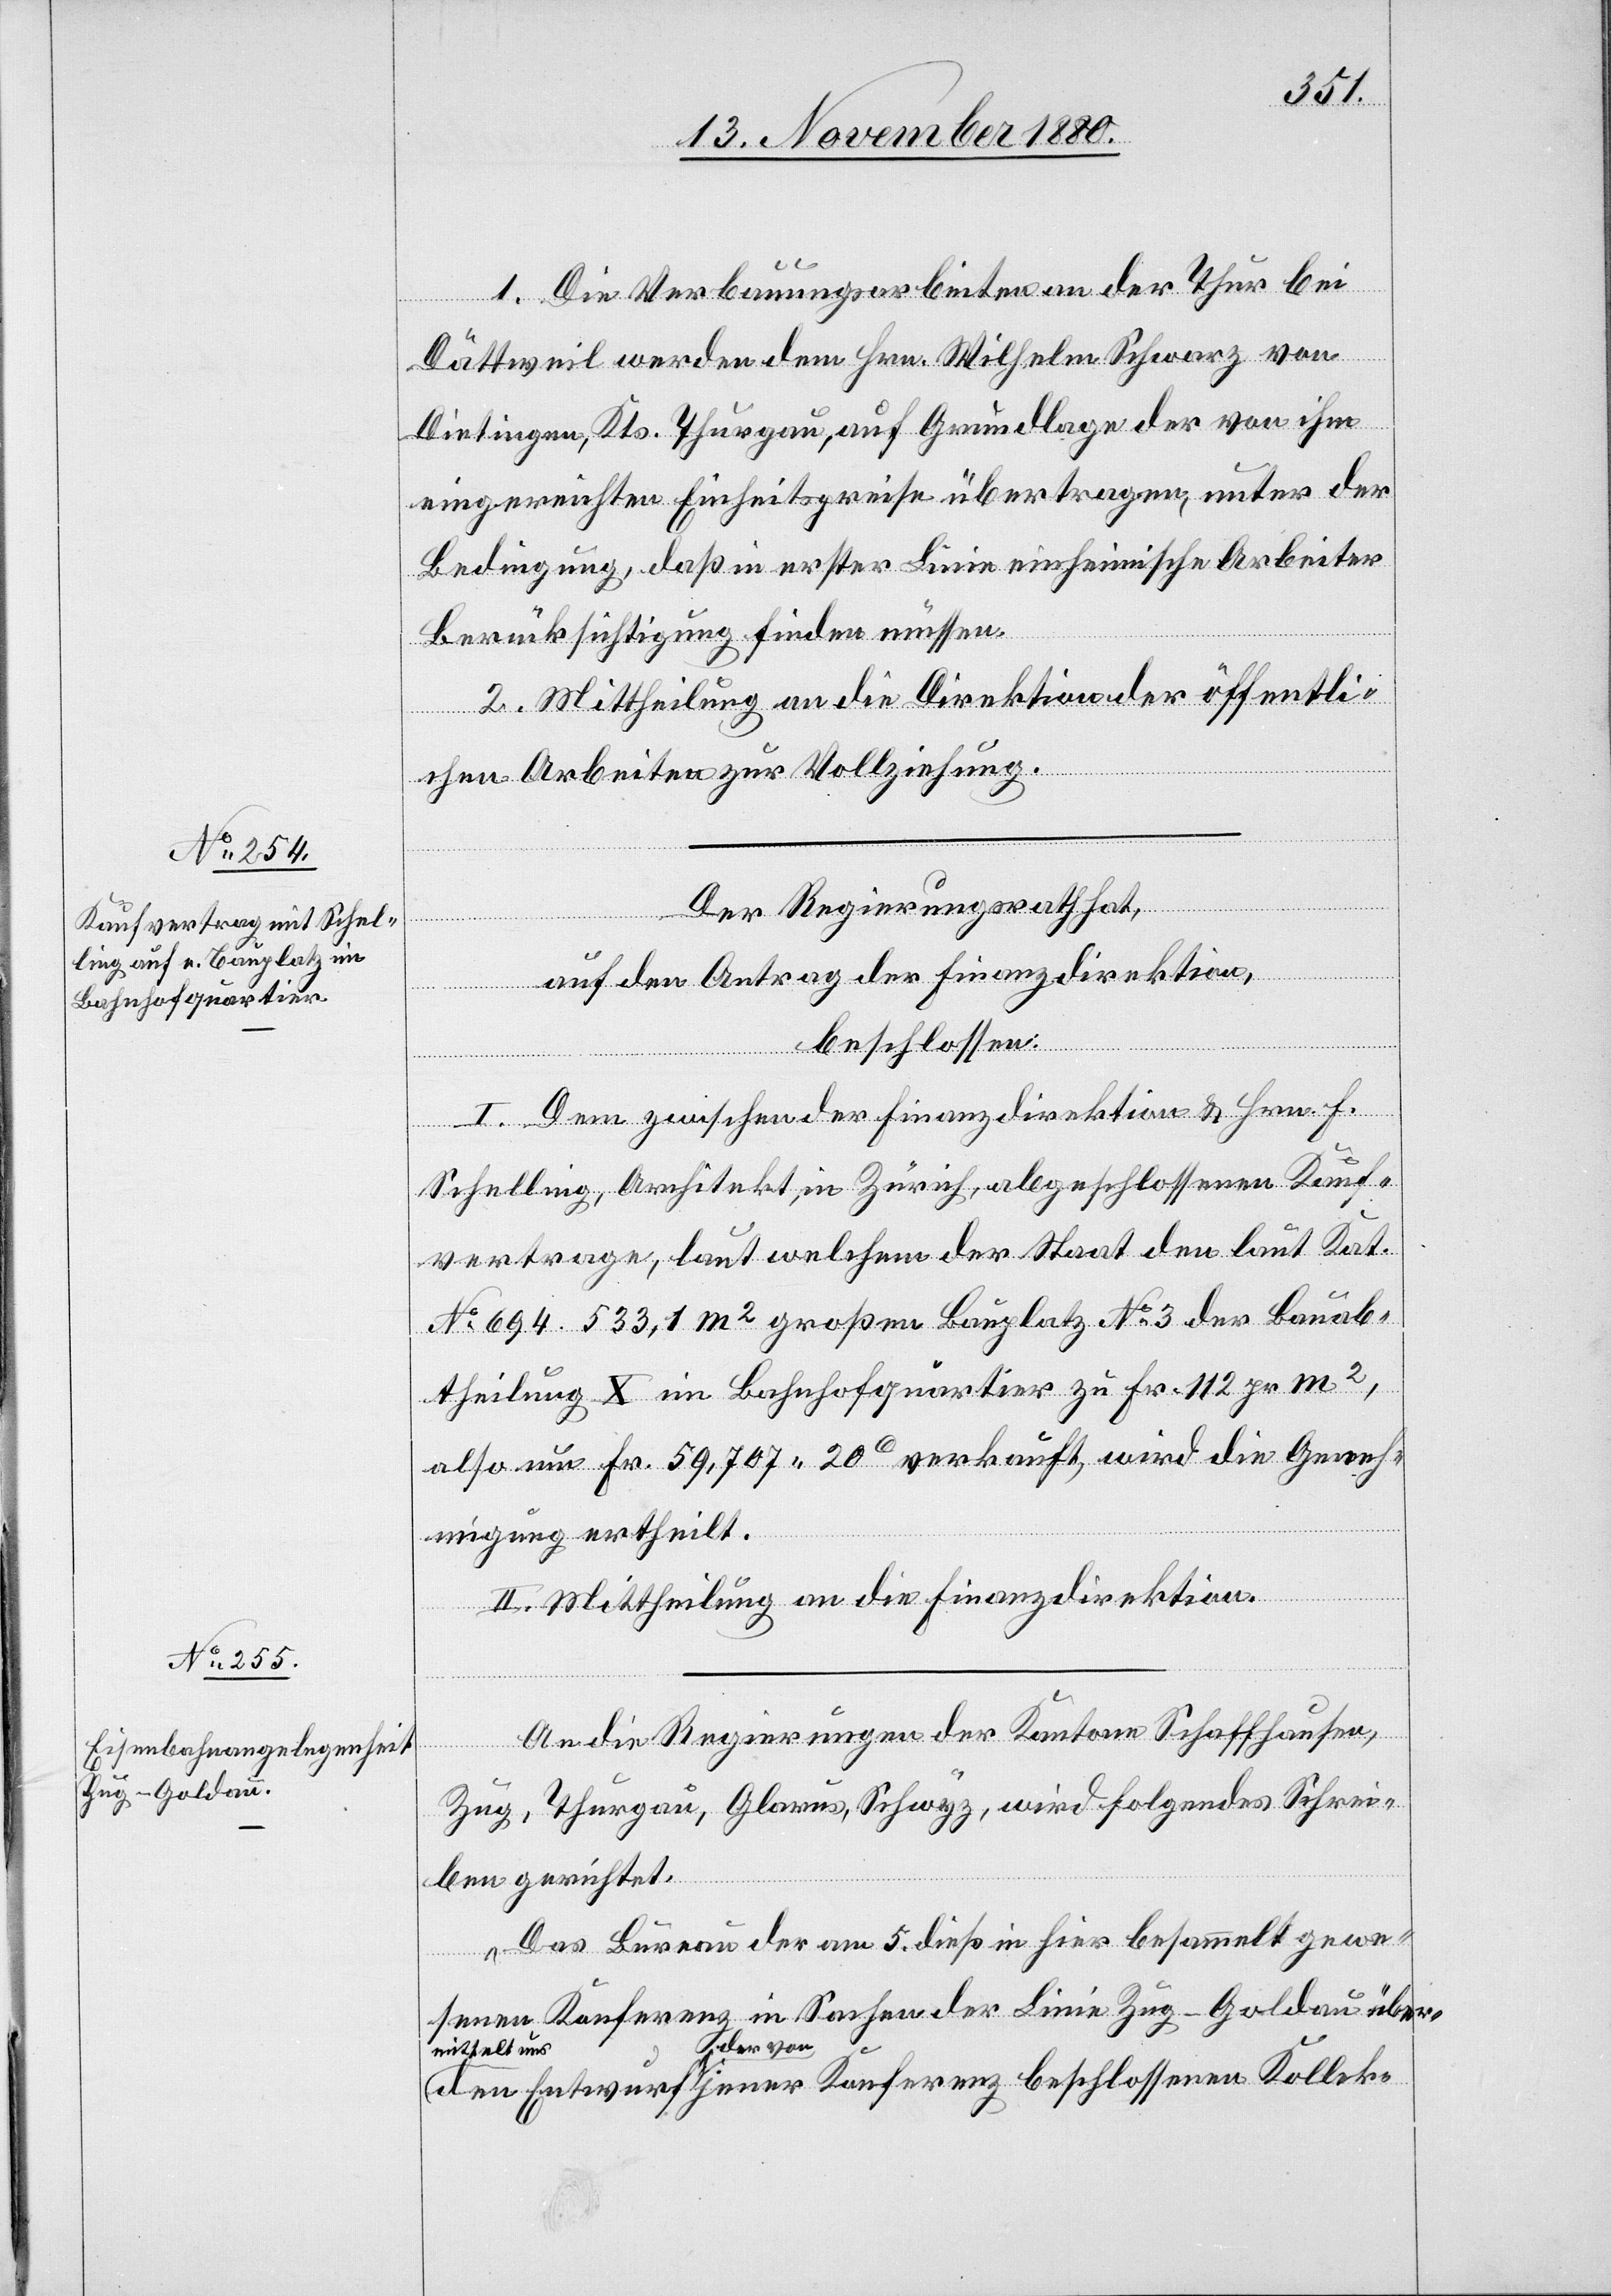
1. Die Verbauungsarbeiten an der Thur bei
Dättweil werden dem Hrn. Wilhelm Schwarz von
Dietingen, Kts. Thurgau, auf Grundlage der von ihm
eingereichten Einheitspreise übertragen, unter der
Bedingung, daß in erster Linie einheimische Arbeiter
Berücksichtigung finden müssen.
2. Mittheilung an die Direktion der öffentli¬
chen Arbeiten zur Vollziehung.
Der Regierungsrath hat,
den
auf den Antrag der Finanzdirektion,
Entwurf
beschlossen:
I. Dem zwischen der Finanzdirektion & Hrn. H.
Schelling, Architekt, in Zürich, abgeschlossenen Kauf¬
vertrage, laut welchem der Staat den laut Kat.
No 694 533,1 m2 großen Bauplatz No 3 der Bauab¬
theilung X im Bahnhofquartier zu Fr. 112 pr m2,
also um Fr. 59,707 20c verkauft, wird die Geneh¬
migung ertheilt.
II. Mittheilung an die Finanzdirektion.
An die Regierungen der Kantone Schaffhausen,
Zug, Thurgau, Glarus, Schwyz, wird folgendes Schrei¬
ben gerichtet:
„Das Bureau der am 5. dieß in hier besammelt gewe¬
senen Konferenz in Sachen der Linie Zug–Goldau über¬
mittelt uns
der von jener Konferenz beschlossenen Kollek-